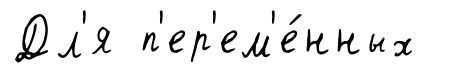
Дл'я п'ер'ем'е́нных